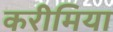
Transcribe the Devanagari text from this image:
करीमिया